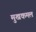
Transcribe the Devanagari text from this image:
मुखकमल